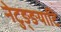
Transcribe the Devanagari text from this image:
नेटुङ्ङयाटि